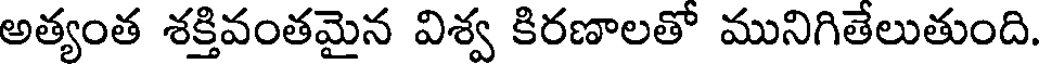
అత్యంత శక్తివంతమైన విశ్వ కిరణాలతో మునిగితేలుతుంది